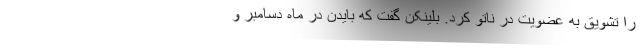
را تشویق به عضویت در ناتو کرد. بلینکن گفت که بایدن در ماه دسامبر و